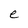
Character: e